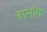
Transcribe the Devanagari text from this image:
वासोक्त